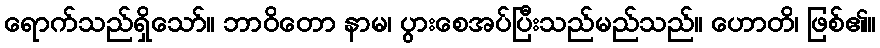
ရောက်သည်ရှိသော်။ ဘာဝိတော နာမ၊ ပွားစေအပ်ပြီးသည်မည်သည်။ ဟောတိ၊ ဖြစ်၏။